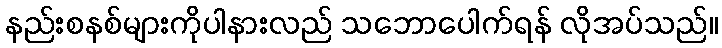
နည်းစနစ်များကိုပါနားလည် သဘောပေါက်ရန် လိုအပ်သည်။